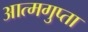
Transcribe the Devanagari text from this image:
आत्मगुप्ता